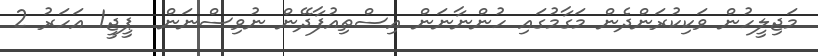
މަޖިލީހުން ވަކިކުރަންދެން މަގާމުގައި ހުންނާނަން އިސްތިއުފާދޭން ނުވިސްނަން  ޕީޖީ1 އަހަރު 2